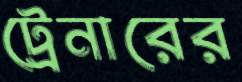
ট্রেনারের